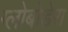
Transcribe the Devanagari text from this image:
ग्लोबोडेरा